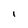
Character: I